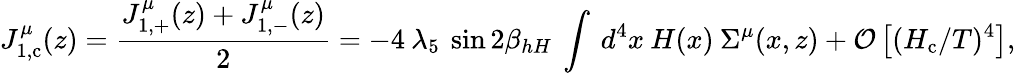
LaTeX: J_{1,\mathrm{c}}^{\mu}(z)=\frac{J_{1,+}^{\mu}(z)+J_{1,-}^{\mu}(z)}{2}=-4\: \lambda_{5}\: \sin 2\beta_{hH}\: \int\: d^{4}x\: H(x)\: \Sigma^{\mu}(x,z)+{\cal O}\left[(H_{\mathrm{c}}/T)^{4}\right],